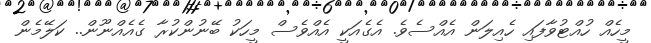
މީހެއް ހުއްޓުވާފައި ހެއިލަން އެއްސެވެ. އެގެއަކީ އެއްވެސް މީހަކު ބޭނުންކުރާ ގެއެއްނޫން.. ކަލޭމެން